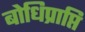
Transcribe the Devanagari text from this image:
बोधिप्राप्ति